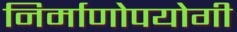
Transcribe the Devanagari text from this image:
निर्माणोपयोगी